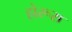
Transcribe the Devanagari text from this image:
होरूस